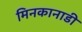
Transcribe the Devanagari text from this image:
मिनकानाडी